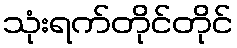
သုံးရက်တိုင်တိုင်